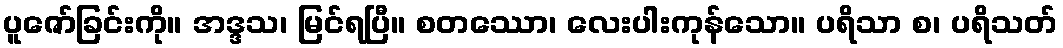
ပူဇော်ခြင်းကို။ အဒ္ဒသ၊ မြင်ရပြီ။ စတဿော၊ လေးပါးကုန်သော။ ပရိသာ စ၊ ပရိသတ်